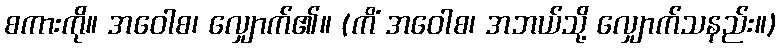
စကားကို။ အဝေါစ၊ လျှောက်၏။ (ကိံ အဝေါစ၊ အဘယ်သို့ လျှောက်သနည်း။)